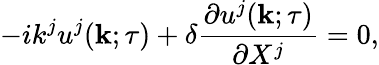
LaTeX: -ik^{j}u^{j}({\mathbf{k}};\tau)+\delta\frac{\partial u^{j}({\mathbf{k}};\tau)}{\partial X^{j}}=0,